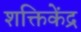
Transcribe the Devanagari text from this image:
शक्तिकेंद्र